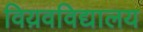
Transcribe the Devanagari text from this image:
विय़वविद्यालय